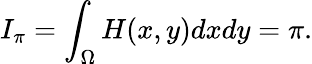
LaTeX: I_{\pi}=\int_{\Omega}H(x,y)dxdy=\pi.